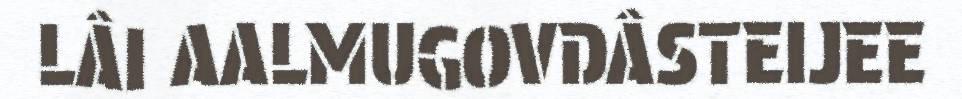
LÂI AALMUGOVDÂSTEIJEE